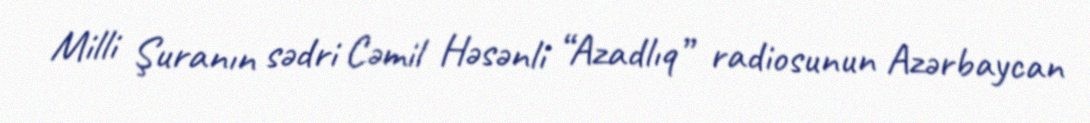
Milli Şuranın sədri Cəmil Həsənli “Azadlıq” radiosunun Azərbaycan